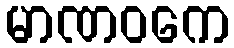
မာဏဝကေ